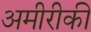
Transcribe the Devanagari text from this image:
अमीरीकी